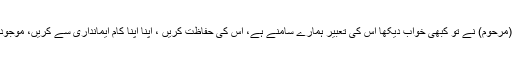
آخر میں علی گڑھ کے اولڈ بوائے ہونے کے ناطہ اتنا ہی کہنا چاہوں گا کہ سر سید (مرحوم) نے تو کبھی خواب دیکھا اس کی تعبیر ہمارے سامنے ہے، اس کی حفاظت کریں ، اپنا اپنا کام ایمانداری سے کریں، موجودہ وائس چانسلر پی کے عبدالعزیز صاحب چند ماہ کے بعد سبکدوش ہونے والے ہیں۔